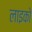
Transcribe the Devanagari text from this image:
लाइको